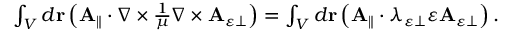
\begin{array} { r } { \int _ { V } d \mathbf { r } \left( \mathbf { A } _ { \parallel } \cdot \nabla \times \frac { 1 } { \mu } \nabla \times \mathbf { A } _ { \varepsilon \perp } \right) = \int _ { V } d \mathbf { r } \left( \mathbf { A } _ { \parallel } \cdot \lambda _ { \varepsilon \perp } \varepsilon \mathbf { A } _ { \varepsilon \perp } \right) . } \end{array}